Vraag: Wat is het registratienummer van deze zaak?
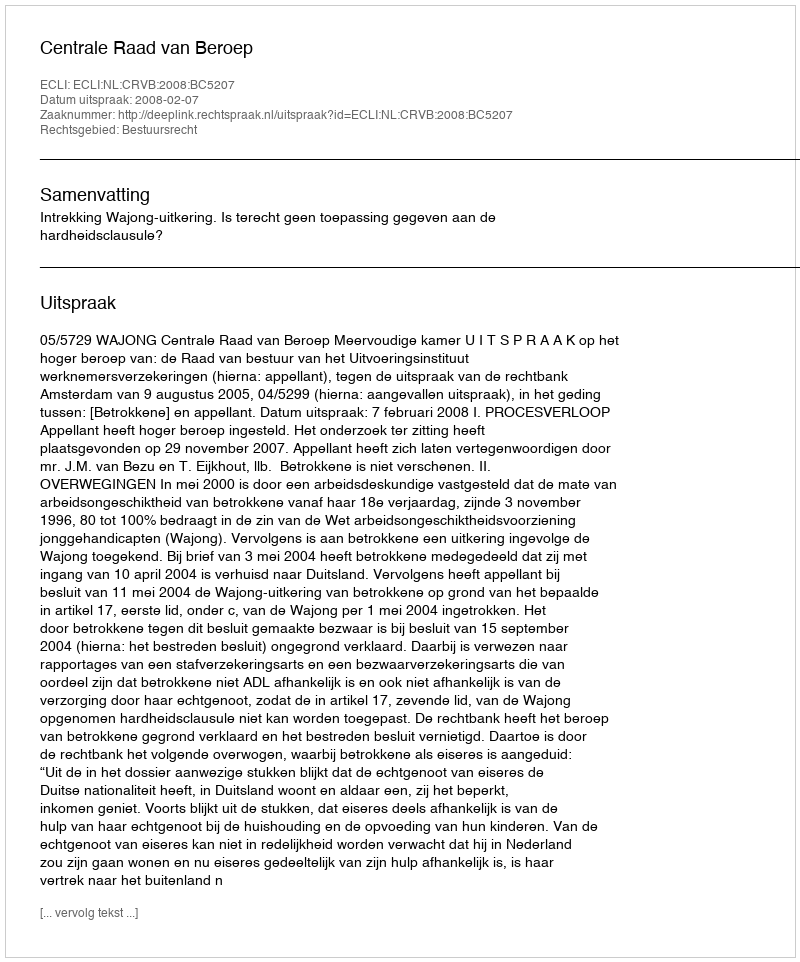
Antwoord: http://deeplink.rechtspraak.nl/uitspraak?id=ECLI:NL:CRVB:2008:BC5207